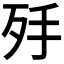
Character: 𣧙